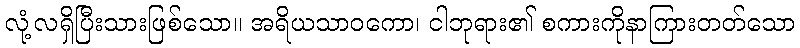
လုံ့လရှိပြီးသားဖြစ်သော။ အရိယသာဝကော၊ ငါဘုရား၏ စကားကိုနာကြားတတ်သော